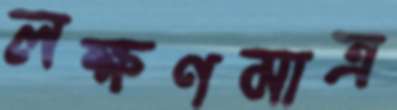
লক্ষণমাত্র